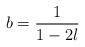
LaTeX: \begin{align*} b={1\over 1-2\l} \end{align*}